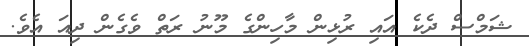
ޝަމްސް ދެކެ އައި ރުޅިން މާހިންގެ މޫނު ރަތް ވެގެން ދިއަ އެވެ.